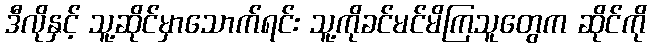
ဒီလိုနှင့် သူ့ဆိုင်မှာသောက်ရင်း သူ့ကိုခင်မင်မိကြသူတွေက ဆိုင်ကို